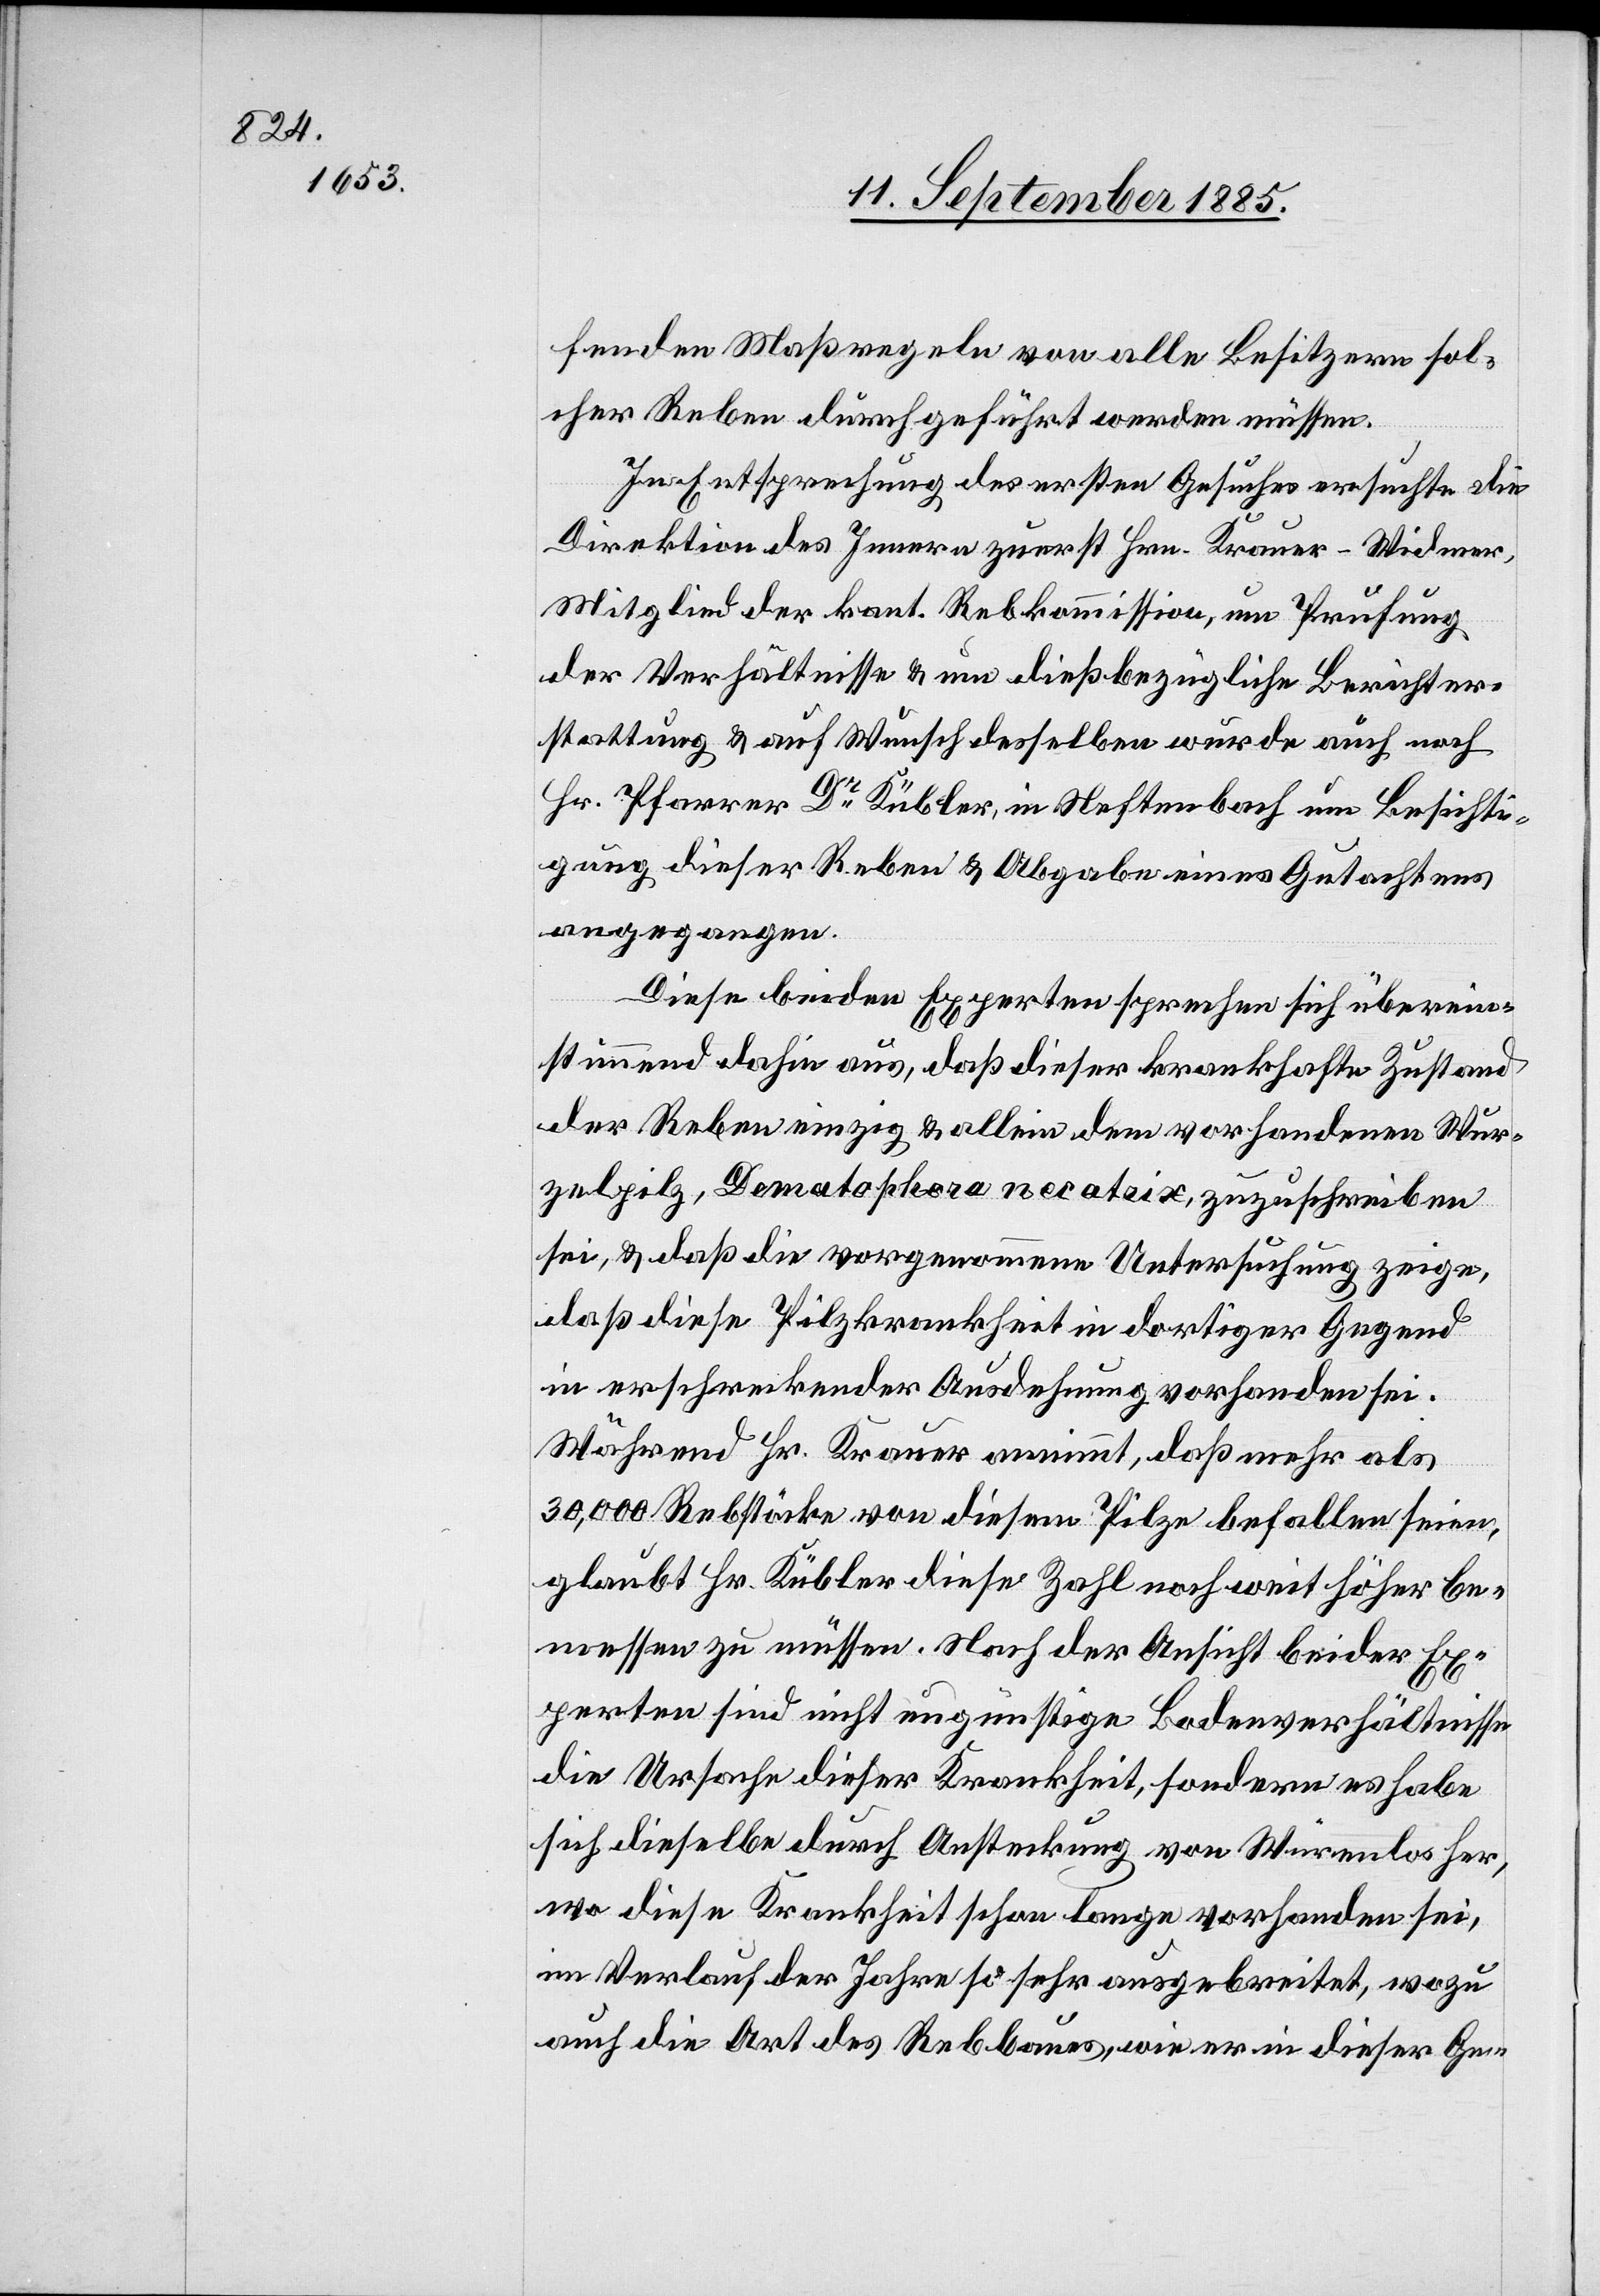
fenden Maßregeln von alle[n] Besitzern sol¬
cher Reben durchgeführt werden müssen.
In Entsprechung des ersten Gesuches ersuchte die
Direktion des Innern zuerst Hrn. Krauer-Widmer,
Mitglied der kant. Rebkommission, um Prüfung
der Verhältnisse & um dießbezügliche Berichter¬
stattung & auf Wunsch desselben wurde auch noch
Hr. Pfarrer Dr Kübler, in Neftenbach um Besichti¬
gung dieser Reben & Abgaben eines Gutachtens
angegangen.
Diese beiden Experten sprechen sich überein¬
stimmend dahin aus, daß dieser krankhafte Zustand
der Reben einzig & allein dem vorhandenen Wur¬
zelpilz, Dematophora necatrix, zuzuschreiben
sei, & daß die vorgenommene Untersuchung zeige,
daß diese Pilzkrankheit in dortiger Gegend
in erschreckender Ausdehnung vorhanden sei.
Während Hr. Krauer annimmt, daß mehr als
30,000 Rebstöcke von diesem Pilze befallen seien,
glaubt Hr. Kübler diese Zahl noch weit höher be¬
messen zu müssen. Nach der Ansicht beider Ex¬
perten sind nicht ungünstige Bodenverhältnisse
die Ursache dieser Krankheit, sondern es habe
sich dieselbe durch Ansteckung von Würenlos her,
wo diese Krankheit schon lange vorhanden sei,
im Verlauf der Jahre so sehr ausgebreitet, wozu
auch die Art des Rebbaues, wie er in dieser Ge-